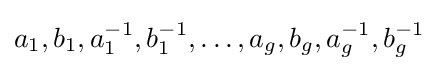
a_{1},b_{1},a_{1}^{-1},b_{1}^{-1},\dots ,a_{g},b_{g},a_{g}^{-1},b_{g}^{-1}